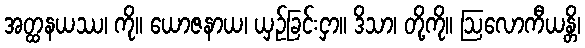
အတ္ထနယဿ၊ ကို။ ယောဇနာယ၊ ယှဉ်ခြင်းငှာ။ ဒိသာ၊ တို့ကို။ ဩလောကီယန္တိ၊